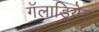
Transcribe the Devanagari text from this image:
गॅलाड्रियेल